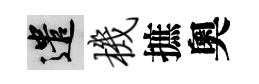
遣机摭奧